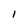
Character: l